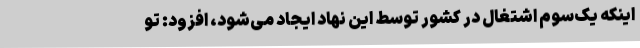
اینکه یک‌سوم اشتغال در کشور توسط این نهاد ایجاد می‌شود، افزود: تو